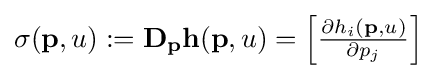
\sigma (\mathbf {p} ,u):=\mathbf {D_{p}h} (\mathbf {p} ,u)={\begin{bmatrix}{\frac {\partial h_{i}(\mathbf {p} ,u)}{\partial p_{j}}}\end{bmatrix}}